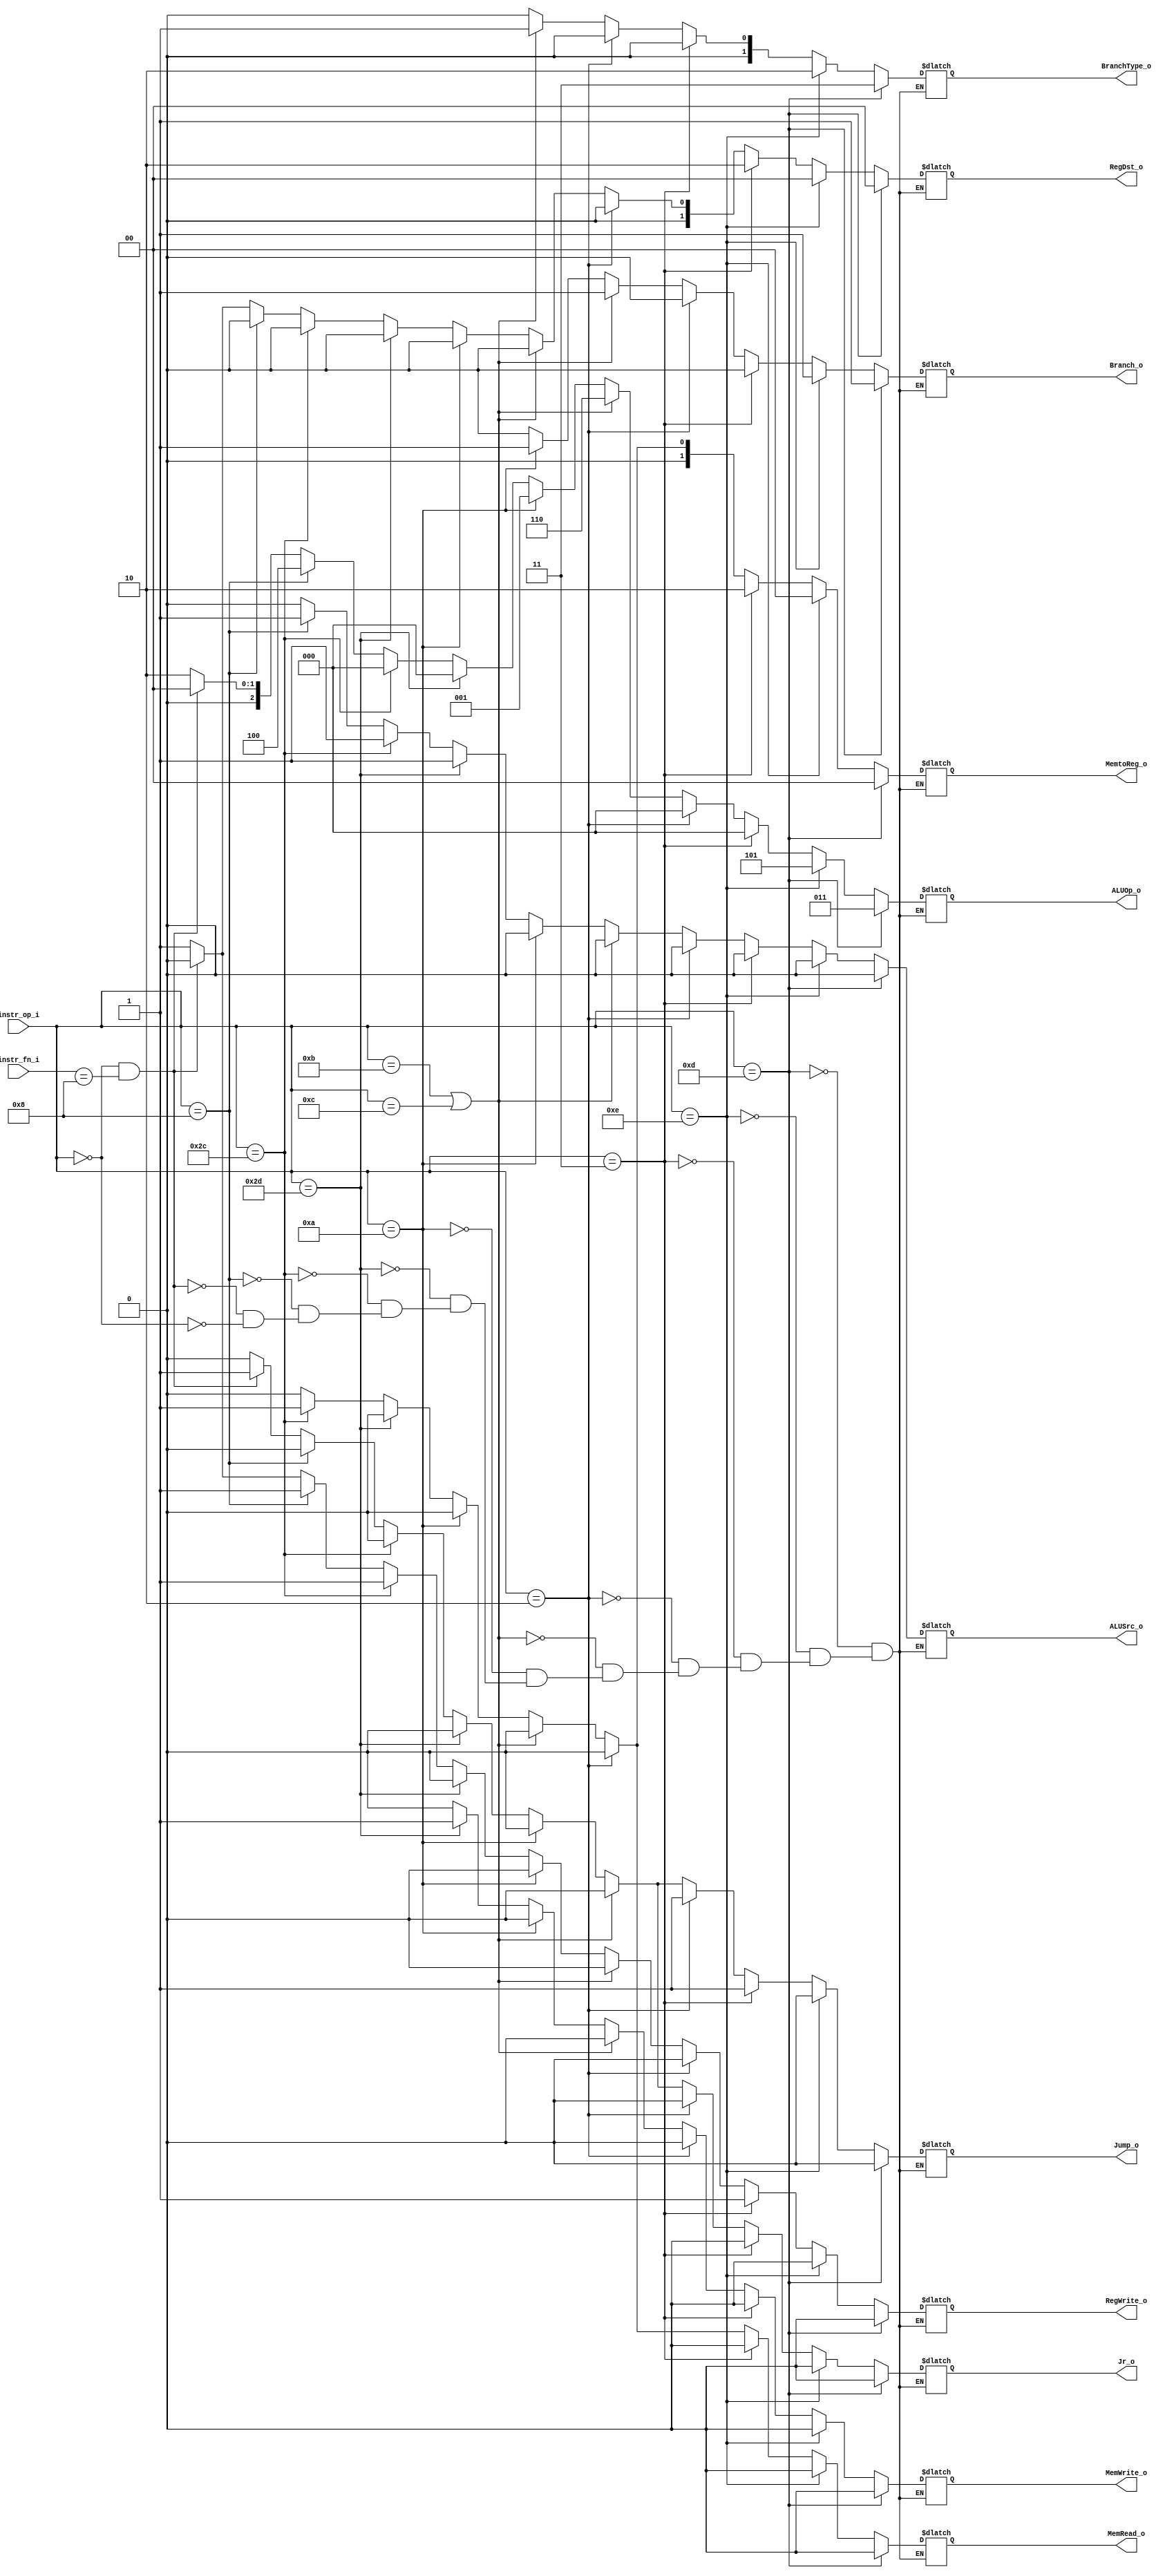
module Decoder( instr_op_i, instr_fn_i, RegWrite_o,	ALUOp_o, ALUSrc_o, RegDst_o
			   , Branch_o, BranchType_o, MemWrite_o, MemRead_o
			   , MemtoReg_o, Jump_o, Jr_o);
     
//I/O ports
input	[6-1:0] instr_op_i;
input	[6-1:0] instr_fn_i;

output			RegWrite_o;
output	[3-1:0] ALUOp_o;
output			ALUSrc_o;
output	[2-1:0] RegDst_o;
output 			Branch_o;
output 	[2-1:0]	BranchType_o;
output 			MemWrite_o;
output 			MemRead_o;
output 	[2-1:0] MemtoReg_o;
output 			Jump_o;
output 			Jr_o;	
 
//Internal Signals
reg	[3-1:0] ALUOp_o;
reg			ALUSrc_o;
reg			RegWrite_o;
reg	[2-1:0] RegDst_o;
reg 		Branch_o;
reg [2-1:0]	BranchType_o;
reg 		MemWrite_o;
reg 		MemRead_o;
reg [2-1:0] MemtoReg_o;
reg			Jump_o;
reg 		Jr_o;

//Main function
	/*
assign RegWrite_o = (instr_op_i == 6'b000000) ? 1'b1 :
		    (instr_op_i == 6'b001000) ? 1'b1 : 1'b0;
assign ALUOp_o = (instr_op_i == 6'b000000) ? 3'b010 :
		 (instr_op_i == 6'b001000) ? 3'100 : 3'b000;
assign ALUSrc_o = (instr_op_i == 6'b000000) ? 1'b0 :
		 (instr_op_i == 6'b001000) ? 1'b1 : 1'b0;
assign RegDst_o = (instr_op_i == 6'b000000) ? 1'b1 :
		 (instr_op_i == 6'b001000) ? 1'b0 : 1'b0;*/

always @ (*) begin
	if(instr_op_i == 6'b000000 & instr_fn_i == 6'b001000)begin // jr
		RegWrite_o <= 1'b0;
		ALUOp_o <= 3'b000; //x:jump
		ALUSrc_o <= 1'b0;
		RegDst_o <= 2'b00;
		Branch_o <= 1'b0;
		BranchType_o <= 2'b00;
		MemWrite_o <= 1'b0;
		MemRead_o <= 1'b0;
		MemtoReg_o <= 2'b00;
		Jump_o <= 1'b1;
		Jr_o <= 1'b1;
    end
    else if(instr_op_i == 6'b000000)begin //r
		RegWrite_o <= 1'b1;
		ALUOp_o <= 3'b010; //2:rformat
		ALUSrc_o <= 1'b0;
		RegDst_o <= 2'b01;
		Branch_o <= 1'b0;
		BranchType_o <= 2'b00;
		MemWrite_o <= 1'b0;
		MemRead_o <= 1'b0;
		MemtoReg_o <= 2'b00;
		Jump_o <= 1'b0;
		Jr_o <= 1'b0;
    end
    if(instr_op_i == 6'b001000)begin
		RegWrite_o <= 1'b1;
		ALUOp_o <= 3'b100; //4:addi
		ALUSrc_o <= 1'b1;
		RegDst_o <= 2'b00;
		Branch_o <= 1'b0;
		BranchType_o <= 2'b00;
		MemWrite_o <= 1'b0;
		MemRead_o <= 1'b0;
		MemtoReg_o <= 2'b00;
		Jump_o <= 1'b0;
		Jr_o <= 1'b0;
    end
	if(instr_op_i == 6'b101100)begin // lw
		RegWrite_o <= 1'b1;
		ALUOp_o <= 3'b000; //0:lw, sw
		ALUSrc_o <= 1'b1;
		RegDst_o <= 2'b00;
		Branch_o <= 1'b0;
		BranchType_o <= 2'b00;
		MemWrite_o <= 1'b0;
		MemRead_o <= 1'b1;
		MemtoReg_o <= 2'b01;
		Jump_o <= 1'b0;
		Jr_o <= 1'b0;
    end
	if(instr_op_i == 6'b101101)begin // sw
		RegWrite_o <= 1'b0;
		ALUOp_o <= 3'b000; //0:lw, sw
		ALUSrc_o <= 1'b1;
		RegDst_o <= 2'b00;
		Branch_o <= 1'b0;
		BranchType_o <= 2'b00;
		MemWrite_o <= 1'b1;
		MemRead_o <= 1'b0;
		MemtoReg_o <= 2'b00;
		Jump_o <= 1'b0;
		Jr_o <= 1'b0;
    end
	if(instr_op_i == 6'b001010)begin // beq
		RegWrite_o <= 1'b0;
		ALUOp_o <= 3'b001; //1:beq
		ALUSrc_o <= 1'b0;
		RegDst_o <= 2'b00;
		Branch_o <= 1'b1;
		BranchType_o <= 2'b00;
		MemWrite_o <= 1'b0;
		MemRead_o <= 1'b0;
		MemtoReg_o <= 2'b00;
		Jump_o <= 1'b0;
		Jr_o <= 1'b0;
    end
	if(instr_op_i == 6'b001011 || instr_op_i == 6'b001100)begin // bne == bnez
		RegWrite_o <= 1'b0;
		ALUOp_o <= 3'b110; //6:bne
		ALUSrc_o <= 1'b0;
		RegDst_o <= 2'b00;
		Branch_o <= 1'b1;
		BranchType_o <= 2'b01;
		MemWrite_o <= 1'b0;
		MemRead_o <= 1'b0;
		MemtoReg_o <= 2'b00;
		Jump_o <= 1'b0;
		Jr_o <= 1'b0;
    end
	if(instr_op_i == 6'b000010)begin // jump
		RegWrite_o <= 1'b0;
		ALUOp_o <= 3'b000; //x:jump
		ALUSrc_o <= 1'b0;
		RegDst_o <= 2'b00;
		Branch_o <= 1'b0;
		BranchType_o <= 2'b00;
		MemWrite_o <= 1'b0;
		MemRead_o <= 1'b0;
		MemtoReg_o <= 2'b00;
		Jump_o <= 1'b1;
		Jr_o <= 1'b0;
    end
	if(instr_op_i == 6'b000011)begin // jal
		RegWrite_o <= 1'b1;
		ALUOp_o <= 3'b000; //x:jump
		ALUSrc_o <= 1'b0;
		RegDst_o <= 2'b10; // jal 31
		Branch_o <= 1'b0;
		BranchType_o <= 2'b00;
		MemWrite_o <= 1'b0;
		MemRead_o <= 1'b0;
		MemtoReg_o <= 2'b10;
		Jump_o <= 1'b1;
		Jr_o <= 1'b0;
    end
	if(instr_op_i == 6'b001110)begin // blt
		RegWrite_o <= 1'b0;
		ALUOp_o <= 3'b101; //5:compare rs rt
		ALUSrc_o <= 1'b0;
		RegDst_o <= 2'b00;
		Branch_o <= 1'b1;
		BranchType_o <= 2'b10; //2:blt (self implemented
		MemWrite_o <= 1'b0;
		MemRead_o <= 1'b0;
		MemtoReg_o <= 2'b00;
		Jump_o <= 1'b0;
		Jr_o <= 1'b0;
    end
	if(instr_op_i == 6'b001101)begin // bgez
		RegWrite_o <= 1'b0;
		ALUOp_o <= 3'b011; //3:compare
		ALUSrc_o <= 1'b0;
		RegDst_o <= 2'b00;
		Branch_o <= 1'b1;
		BranchType_o <= 2'b11; //3: bgez (self implemented
		MemWrite_o <= 1'b0;
		MemRead_o <= 1'b0;
		MemtoReg_o <= 2'b00;
		Jump_o <= 1'b0;
		Jr_o <= 1'b0;
    end
end


endmodule